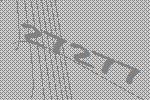
27277